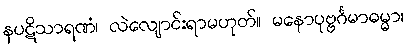
နပဋိသာရဏံ၊ လဲလျောင်းရာမဟုတ်။ မနောပုဗ္ဗင်္ဂမာဓမ္မာ၊